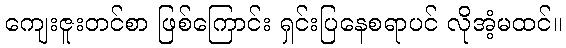
ကျေးဇူးတင်စာ ဖြစ်ကြောင်း ရှင်းပြနေစရာပင် လိုအံ့မထင်။